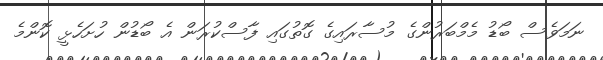
ނަމަވެސް ބޯޑު މެމްބަރުންގެ މުސާރައިގެ ގޮތުގައި ފާސްކުރަން އެ ބޯޑުން ހުށަހެޅީ ކޮންމެ